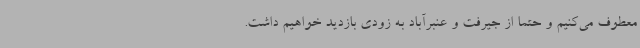
معطوف می‌کنیم و حتما از جیرفت و عنبرآباد به زودی بازدید خواهیم داشت.